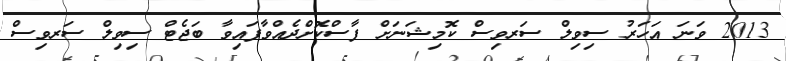
2013 ވަނަ އަހަރު ސިވިލް ސަރވިސް ކޮމިޝަނަށް ފާސްކޮށްދެއްވާފައިވާ ބަޖެޓް ސިވިލް ސަރވިސް